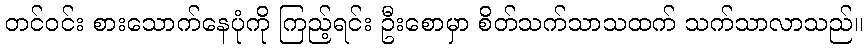
တင်ဝင်း စားသောက်နေပုံကို ကြည့်ရင်း ဦးစောမှာ စိတ်သက်သာသထက် သက်သာလာသည်။